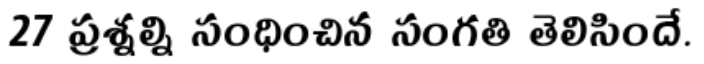
27 ప్రశ్నల్ని సంధించిన సంగతి తెలిసిందే.